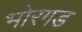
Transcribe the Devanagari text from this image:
भोरगड